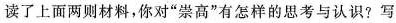
读了上面两则材料，你对”崇高”有怎样的思考与认识?写